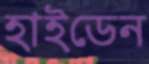
হাইডেন